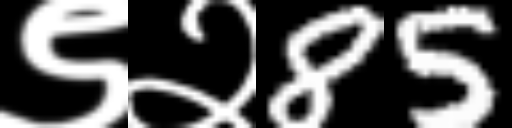
Text: ९२85